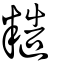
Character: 糙